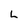
Character: L